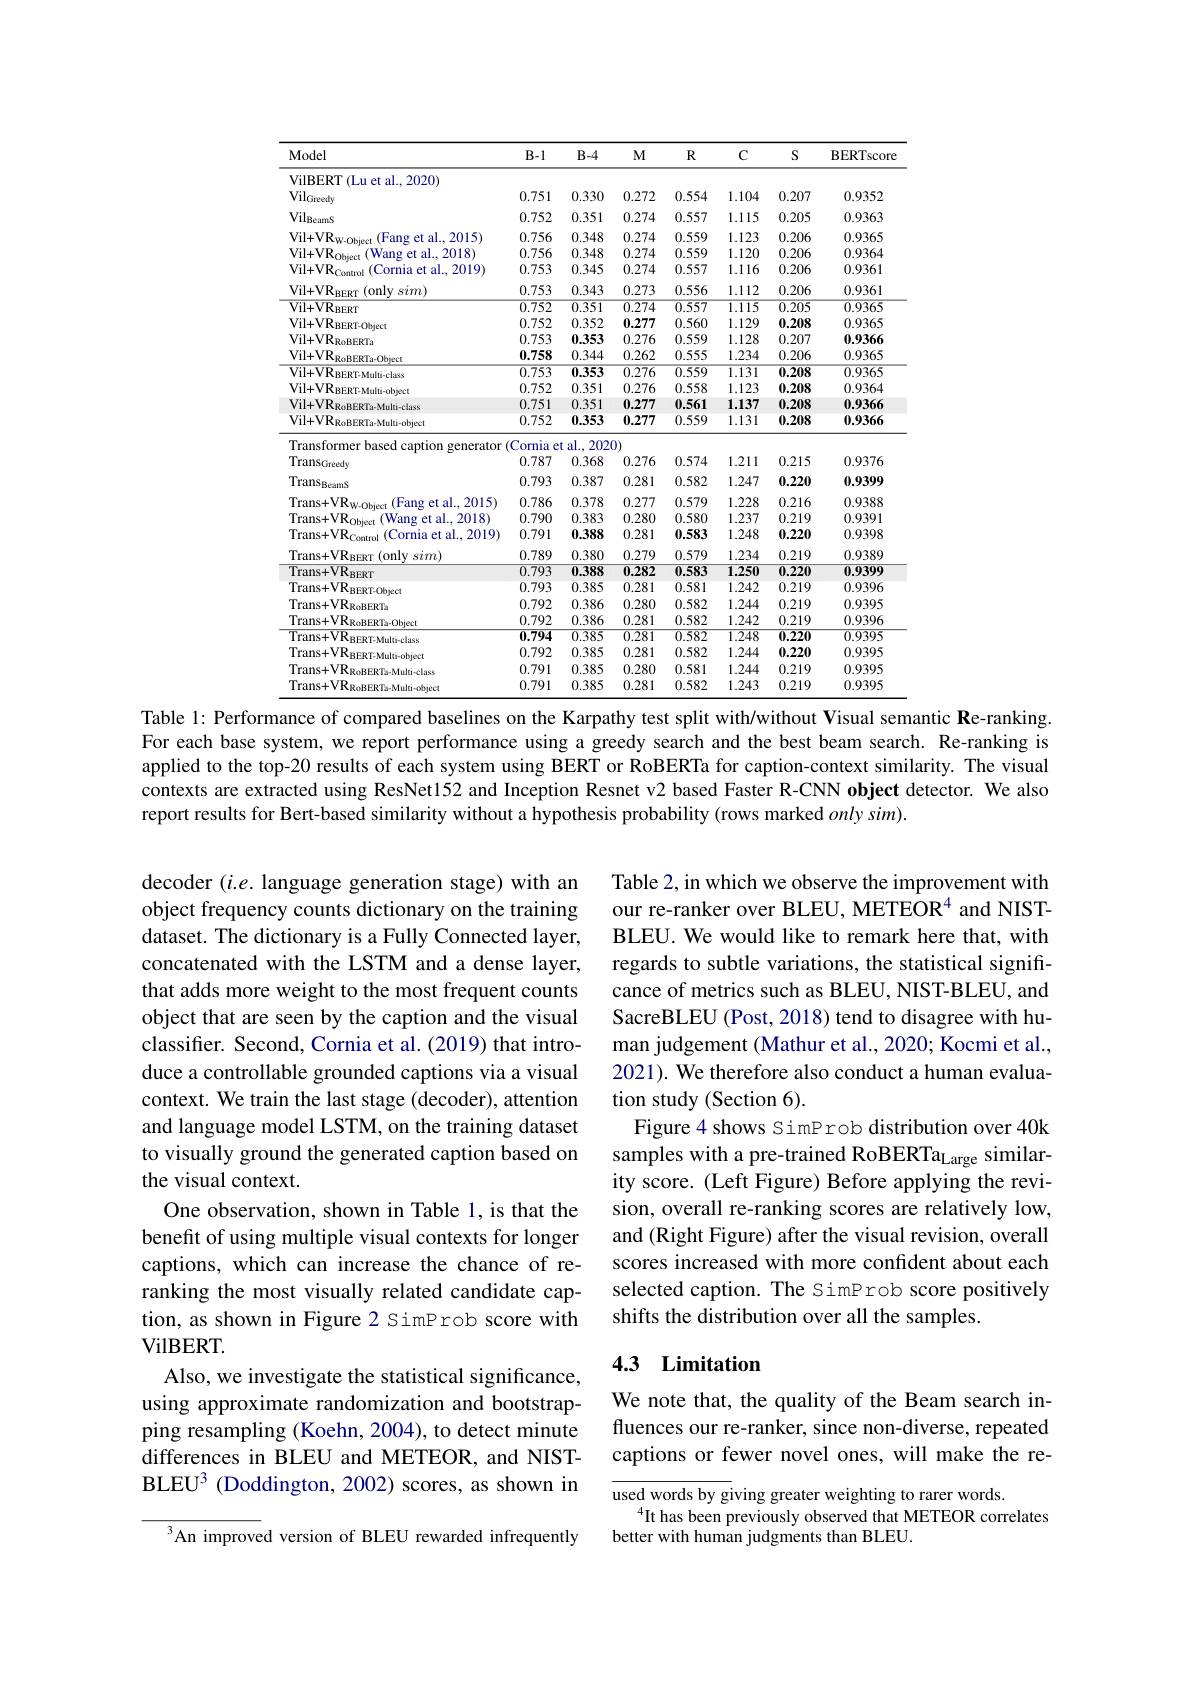
<table>
	<tbody>
		<tr>
			<th>Model</th>
			<th>$B-1$</th>
			<th>$B-4$</th>
			<th>$M$</th>
			<th>$R$</th>
			<th>C</th>
			<th>S</th>
			<th>BERTscore</th>
		</tr>
		<tr>
			<td>VilBERT (Lu et al., 2020)</td>
			<td> </td>
			<td> </td>
			<td> </td>
			<td> </td>
			<td> </td>
			<td> </td>
			<td> </td>
		</tr>
		<tr>
			<td>Vil$_\mathrm{Greedy}$</td>
			<td>0.751</td>
			<td>0.330</td>
			<td>0.272</td>
			<td>0.554</td>
			<td>1.104</td>
			<td>0.207</td>
			<td>0.9352</td>
		</tr>
		<tr>
			<td>Vil$_\mathrm{BeamS}$</td>
			<td>0.752</td>
			<td>0.351</td>
			<td>0.274</td>
			<td>0.557</td>
			<td>1.115</td>
			<td>0.205</td>
			<td>0.9363</td>
		</tr>
		<tr>
			<td>(Fang et al. $Vil+VR$ ${\mathbf{R}}_{\mathrm{W-Obiec}}$ 2015)</td>
			<td>0.756</td>
			<td>0.348</td>
			<td>0.274</td>
			<td>0.559</td>
			<td>1.123</td>
			<td>0.206</td>
			<td>0.9365</td>
		</tr>
		<tr>
			<td>$\mathrm{Vil+VR}_{\mathrm{Object}}$ (Wang et al., 2018</td>
			<td>0.756</td>
			<td>0.348</td>
			<td>0.274</td>
			<td>0.559</td>
			<td>1.120</td>
			<td>0.206</td>
			<td>0.9364</td>
		</tr>
		<tr>
			<td>$\mathrm{Vil+VR}_{\mathrm{Control}}$ (Cornia et al., 2019)</td>
			<td>0.753</td>
			<td>0.345</td>
			<td>0.274</td>
			<td>0.557</td>
			<td>1.116</td>
			<td>0.206</td>
			<td>0.9361</td>
		</tr>
		<tr>
			<td>$\mathrm{Vil+VR}_{\mathrm{RERT}}($only$sim)$</td>
			<td>0.753</td>
			<td>0.343</td>
			<td>0.273</td>
			<td>0.556</td>
			<td>1.112</td>
			<td>0.206</td>
			<td>0.9361</td>
		</tr>
		<tr>
			<td>$\overline{{\mathrm{Vil+VR}_{BERT}}}$</td>
			<td>$\overline{0.752}$</td>
			<td>0.351</td>
			<td>$\overline{0.274}$</td>
			<td>$\overline{0.557}$</td>
			<td>$\overline{1.115}$</td>
			<td>0.205</td>
			<td>0.9365</td>
		</tr>
		<tr>
			<td>$\mathrm{Vil+VR}_{\mathrm{BERT-Object}}$</td>
			<td>0.752</td>
			<td>0.352</td>
			<td>0.277</td>
			<td>0.560</td>
			<td>1.129</td>
			<td>0.208</td>
			<td>0.9365</td>
		</tr>
		<tr>
			<td>$\mathrm{Vil+VR}_{\mathrm{RoBERTa}}$</td>
			<td>0.753</td>
			<td>0.353</td>
			<td>0.276</td>
			<td>0.559</td>
			<td>1.128</td>
			<td>0.207</td>
			<td>0.9366</td>
		</tr>
		<tr>
			<td>$\mathrm{Vil+VR}_{\mathrm{RoBERTa-Obiect}}$</td>
			<td>0.758</td>
			<td>0.344</td>
			<td>0.262</td>
			<td>0.555</td>
			<td>1.234</td>
			<td>0.206</td>
			<td>0.9365</td>
		</tr>
		<tr>
			<td>${\mathrm{Vil+VR}_{\mathrm{BERT-Multi-class}}}$</td>
			<td>$\overline{0.753}$</td>
			<td>0.353</td>
			<td>$\overline{0.276}$</td>
			<td>$\overline{0.559}$</td>
			<td>1.131</td>
			<td>0.208</td>
			<td>0.9365</td>
		</tr>
		<tr>
			<td>Vil+VR$_\mathrm{BERT-Multi-object}$</td>
			<td>0.752</td>
			<td>0.351</td>
			<td>0.276</td>
			<td>0.558</td>
			<td>1.123</td>
			<td>0.208</td>
			<td>0.9364</td>
		</tr>
		<tr>
			<td>Vil+VR$_\mathrm{RoBERTa-Multi-class}$</td>
			<td>0.751</td>
			<td>0.351</td>
			<td>0.277</td>
			<td>0.561</td>
			<td>1.137</td>
			<td>0.208</td>
			<td>0.9366</td>
		</tr>
		<tr>
			<td>Vil+VR$_\mathrm{RoBERTa-Multi-object}$</td>
			<td>0.752</td>
			<td>0.353</td>
			<td>0.277</td>
			<td>0.559</td>
			<td>1.131</td>
			<td>0.208</td>
			<td>0.9366</td>
		</tr>
		<tr>
			<td>Transformer based caption generator</td>
			<td>(Cornia e</td>
			<td>$t$ al., 202(</td>
			<td>())</td>
			<td> </td>
			<td> </td>
			<td> </td>
			<td> </td>
		</tr>
		<tr>
			<td>TransGreedy</td>
			<td>0.787</td>
			<td>0.368</td>
			<td>0.276</td>
			<td>0.574</td>
			<td>1.211</td>
			<td>0.215</td>
			<td>0.9376</td>
		</tr>
		<tr>
			<td>Trans$_{\mathrm{BeamS}}$</td>
			<td>0.793</td>
			<td>0.387</td>
			<td>0.281</td>
			<td>0.582</td>
			<td>1.247</td>
			<td>0.220</td>
			<td>0.9399</td>
		</tr>
		<tr>
			<td>$\mathrm{Trans+VR}_{\mathrm{W-Object}}$ (Fang et al.,2015)</td>
			<td>0.786</td>
			<td>0.378</td>
			<td>0.277</td>
			<td>0.579</td>
			<td>1.228</td>
			<td>0.216</td>
			<td>0.9388</td>
		</tr>
		<tr>
			<td>$\mathrm{Trans+VR}_{\mathrm{Ohie}}$ (Wang et al., 2018)</td>
			<td>0.790</td>
			<td>0.383</td>
			<td>0.280</td>
			<td>0.580</td>
			<td>1.237</td>
			<td>0.219</td>
			<td>0.9391</td>
		</tr>
		<tr>
			<td>$\mathrm{Trans+VR}_{\mathrm{Control}}$ (Cornia et al., 2019)</td>
			<td>0.791</td>
			<td>0.388</td>
			<td>0.281</td>
			<td>0.583</td>
			<td>1.248</td>
			<td>0.220</td>
			<td>0.9398</td>
		</tr>
		<tr>
			<td>$\mathrm{Trans+VR}_{\mathrm{BERT}}($only$sim)$</td>
			<td>0.789</td>
			<td>0.380</td>
			<td>0.279</td>
			<td>0.579</td>
			<td>1.234</td>
			<td>0.219</td>
			<td>0.9389</td>
		</tr>
		<tr>
			<td>$\overline{\mathrm{Trans+VR}_{\mathrm{BERT}}}$</td>
			<td>0.793</td>
			<td>0.388</td>
			<td>0.282</td>
			<td>0.583</td>
			<td>1.250</td>
			<td>$\overline{0.220}$</td>
			<td>0.9399</td>
		</tr>
		<tr>
			<td>Trans+ VR ${\mathbf{R}}_{\mathrm{BERT-Objece}}$</td>
			<td>0.793</td>
			<td>0.385</td>
			<td>0.281</td>
			<td>0.581</td>
			<td>1.242</td>
			<td>0.219</td>
			<td>0.9396</td>
		</tr>
		<tr>
			<td>$\mathrm{Trans+VR}_{\mathrm{RoBERTa}}$</td>
			<td>0.792</td>
			<td>0.386</td>
			<td>0.280</td>
			<td>0.582</td>
			<td>1.244</td>
			<td>0.219</td>
			<td>0.9395</td>
		</tr>
		<tr>
			<td>$\mathrm{Trans+VR}_{\mathrm{RoBERTa-Object}}$</td>
			<td>0.792</td>
			<td>0.386</td>
			<td>0.281</td>
			<td>0.582</td>
			<td>1.242</td>
			<td>0.219</td>
			<td>0.9396</td>
		</tr>
		<tr>
			<td>$\overline{\mathrm{Trans+VR}_{\mathrm{BERT-Multi-class}}}$</td>
			<td>0.794</td>
			<td>0.385</td>
			<td>$\overline{0.281}$</td>
			<td>0.582</td>
			<td>$\overline{1.248}$</td>
			<td>$\overline{0.220}$</td>
			<td>0.9395</td>
		</tr>
		<tr>
			<td>Trans+VR $R_{\mathrm{BERT-Multi-object}}$</td>
			<td>0.792</td>
			<td>0.385</td>
			<td>0.281</td>
			<td>0.582</td>
			<td>1.244</td>
			<td>0.220</td>
			<td>0.9395</td>
		</tr>
		<tr>
			<td>Trans+VR$_\mathrm{RoBERTa-Multi-class}$</td>
			<td>0.791</td>
			<td>0.385</td>
			<td>0.280</td>
			<td>0.581</td>
			<td>1.244</td>
			<td>0.219</td>
			<td>0.9395</td>
		</tr>
		<tr>
			<td>Trans+VR$_{\mathrm{RoBERTa-Multi-object}}$</td>
			<td>0.791</td>
			<td>0.385</td>
			<td>0.281</td>
			<td>0.582</td>
			<td>1.243</td>
			<td>0.219</td>
			<td>0.9395</td>
		</tr>
	</tbody>
</table>
Table 1: Performance of compared baselines on the Karpathy test split with/without Visual semantic Re-ranking.

For each base system, we report performance using a greedy search and the best beam search. Re-ranking is applied to the top-20 results of each system using BERT or RoBERTa for caption-context similarity. The visual contexts are extracted using ResNet152 and Inception Resnet v2 based Faster R-CNN object detector. We also report results for Bert-based similarity without a hypothesis probability (rows marked $onlysim).$

Table 2, in which we observe the improvement with our re-ranker over BLEU, METEOR$^{4}$ and NISTBLEU. We would like to remark here that, with regards to subtle variations, the statistical significance of metrics such as BLEU, NIST-BLEU, and SacreBLEU (Post, 2018) tend to disagree with human judgement (Mathur et al., 2020; Kocmi et al., 2021). We therefore also conduct a human evaluation study (Section 6).
Figure 4 shows SimProb distribution over 40k samples with a pre-trained RoBERTa$_\mathrm{Large}$ similarity score. (Left Figure) Before applying the revision, overall re-ranking scores are relatively low, and (Right Figure) after the visual revision, overall scores increased with more confident about each selected caption. The SimProb score positively shifts the distribution over all the samples.

decoder $(i.e.$ language generation stage) with an object frequency counts dictionary on the training dataset. The dictionary is a Fully Connected layer, concatenated with the LSTM and a dense layer, that adds more weight to the most frequent counts object that are seen by the caption and the visual classifer. Second, Cornia et al. (2019) that introduce a controllable grounded captions via a visual context. We train the last stage (decoder), attention and language model LSTM, on the training dataset to visually ground the generated caption based on the visual context.
One observation, shown in Table 1, is that the benefit of using multiple visual contexts for longer captions, which can increase the chance of reranking the most visually related candidate caption, as shown in Figure 2 SimProb score with VilBERT.
Also, we investigate the statistical significance, using approximate randomization and bootstrapping resampling (Koehn, 2004), to detect minute differences in BLEU and METEOR, and NISTBLEU3 (Doddington, 2002) scores, as shown in
${^{3}\mathrm{An~improve}}$d version of BLEU rewarded infrequently

## 4.3 Limitation

We note that, the quality of the Beam search influences our re-ranker, since non-diverse, repeated captions or fewer novel ones, will make the re-

$\overline{\text{used words by g}}$iving greater weighting to rarer words.
$^{4}$It has been previously observed that METEOR correlates
better with human judgments than BLEU.